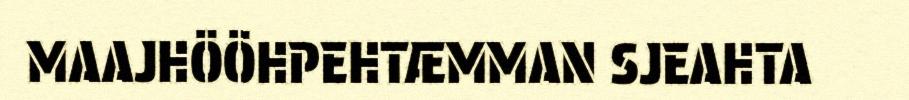
MAAJHÖÖHPEHTÆMMAN SJEAHTA